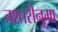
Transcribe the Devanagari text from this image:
तश्तरीनुमा